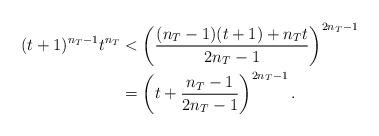
LaTeX: \begin{align*}(t+1)^{n_T-1}t^{n_T} & < \left( \frac{(n_T-1)(t+1)+{n_T}t}{2n_T-1}\right)^{2n_T -1} \\& = \left( t+ \frac{n_T-1}{2n_T-1} \right) ^{2n_T-1}.\end{align*}